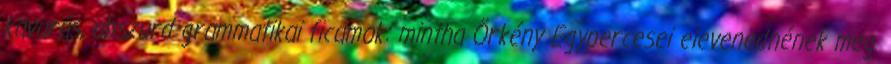
kavarás, abszurd grammatikai ficamok: mintha Örkény Egypercesei elevenednének meg.